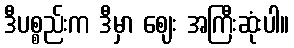
ဒီပစ္စည်းက ဒီမှာ ဈေး အကြီးဆုံးပါ။